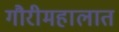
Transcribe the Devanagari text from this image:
गौरीमहालात